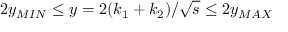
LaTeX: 2 y _ { M I N } \leq y = 2 ( k _ { 1 } + k _ { 2 } ) / \sqrt { s } \leq 2 y _ { M A X }